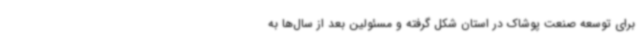
برای توسعه صنعت پوشاک در استان شکل گرفته و مسئولین بعد از سال‌ها به